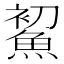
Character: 𩷞